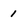
Character: 1